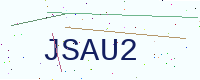
Text: JSAU2